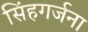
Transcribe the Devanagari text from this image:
सिंहगर्जना